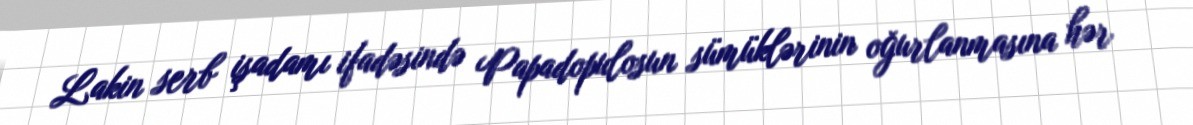
Lakin serb işadamı ifadəsində Papadopulosun sümüklərinin oğurlanmasına hər